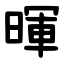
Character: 暉